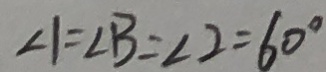
\angle 1 = \angle B = \angle 2 = 6 0 ^ { \circ }